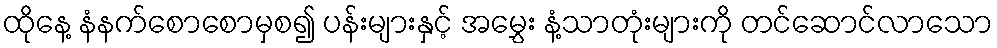
ထိုနေ့ နံနက်စောစောမှစ၍ ပန်းများနှင့် အမွှေး နံ့သာတုံးများကို တင်ဆောင်လာသော